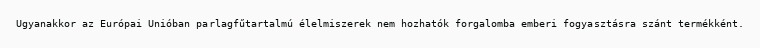
Ugyanakkor az Európai Unióban parlagfűtartalmú élelmiszerek nem hozhatók forgalomba emberi fogyasztásra szánt termékként.